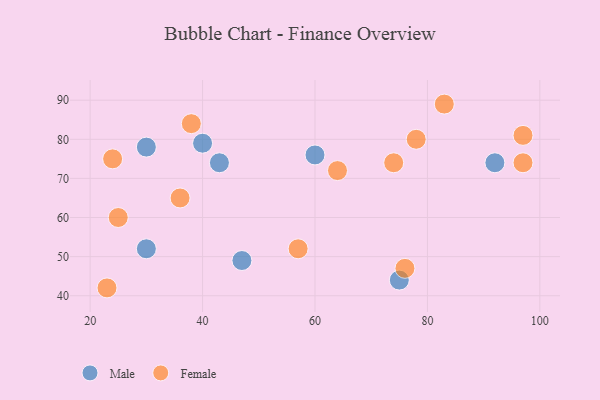
{"axis": {"x": "GDP", "y": "Life Expectancy"}, "legend": ["Female", "Male"], "data": [{"x": "43", "y": 74, "type": "Male"}, {"x": "30", "y": 78, "type": "Male"}, {"x": "47", "y": 49, "type": "Male"}, {"x": "30", "y": 52, "type": "Male"}, {"x": "92", "y": 74, "type": "Male"}, {"x": "40", "y": 79, "type": "Male"}, {"x": "60", "y": 76, "type": "Male"}, {"x": "75", "y": 44, "type": "Male"}, {"x": "83", "y": 89, "type": "Female"}, {"x": "74", "y": 74, "type": "Female"}, {"x": "78", "y": 80, "type": "Female"}, {"x": "38", "y": 84, "type": "Female"}, {"x": "97", "y": 74, "type": "Female"}, {"x": "64", "y": 72, "type": "Female"}, {"x": "25", "y": 60, "type": "Female"}, {"x": "36", "y": 65, "type": "Female"}, {"x": "97", "y": 81, "type": "Female"}, {"x": "57", "y": 52, "type": "Female"}, {"x": "76", "y": 47, "type": "Female"}, {"x": "23", "y": 42, "type": "Female"}, {"x": "24", "y": 75, "type": "Female"}]}